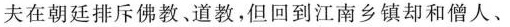
夫在朝廷排斥佛教、道教，但回到江南乡镇却和僧人、